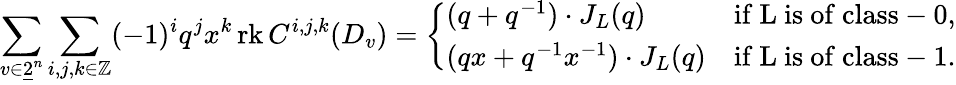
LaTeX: \sum_{v\in\underline{{2}}^{n}}\sum_{i,j,k\in\mathbb{Z}}(-1)^{i}q^{j}x^{k}\operatorname{rk}C^{i,j,k}(D_{v})=\left\{ \begin{array}{ll}{(q+q^{-1})\cdot J_{L}(q)}&{\mathrm{if~L~is~of~class-0},}\\ {(qx+q^{-1}x^{-1})\cdot J_{L}(q)}&{\mathrm{if~L~is~of~class-1}.}\end{array}\right.